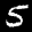
Label: 5